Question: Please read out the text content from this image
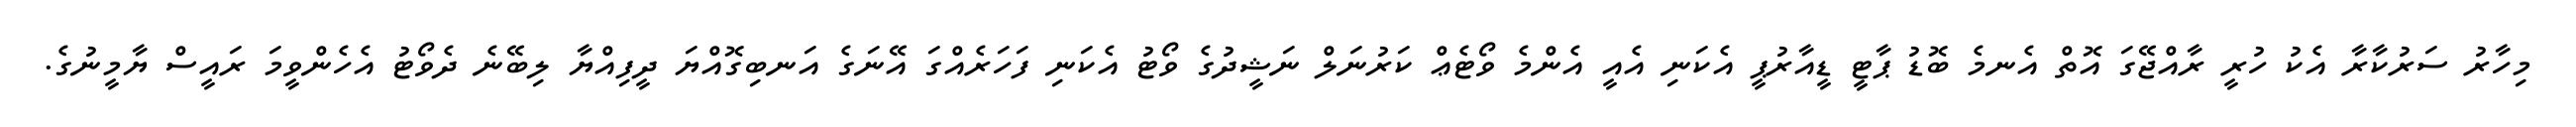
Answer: މިހާރު ސަރުކާރާ އެކު ހުރީ ރާއްޖޭގަ އޮތް އެނމެ ބޮޑު ޕާޓީ ޑީއާރުޕީ އެކަނި އެއީ އެންމެ ވޯޓެޢް ކަރުނަލް ނަޝީދުގެ ވޯޓު އެކަނި ފަހަރެއްގަ އޭނަގެ އަނބިގޮއްޔަ ދީފިއްޔާ ލިބޭނެ ދެވޯޓު އެހެންވީމަ ރައީސް ޔާމީނުގެ.